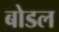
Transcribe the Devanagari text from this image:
बोडल